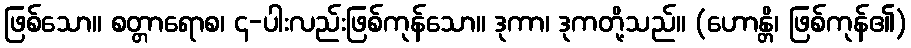
ဖြစ်သော။ စတ္တာရောစ၊ ၄-ပါးလည်းဖြစ်ကုန်သော။ ဒုကာ၊ ဒုကတို့သည်။ (ဟောန္တိ၊ ဖြစ်ကုန်၏)